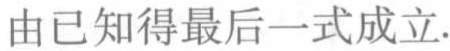
由已知得最后一式成立.